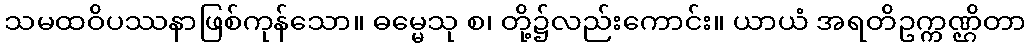
သမထဝိပဿနာဖြစ်ကုန်သော။ ဓမ္မေသု စ၊ တို့၌လည်းကောင်း။ ယာယံ အရတိဥက္ကဏ္ဌိတာ